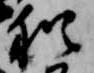
猶